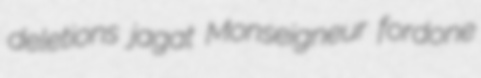
deletions jagat Monseigneur fordone